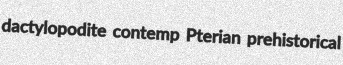
dactylopodite contemp Pterian prehistorical